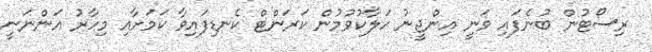
ރިސޯޓުން ބުނެފައި ވަނީ އިންޖީނު ހަލާކުވުމުން ކަރަންޓް ކެނޑިފައިވާ ކަމަށާއި މިހާރު އަންނަނީ